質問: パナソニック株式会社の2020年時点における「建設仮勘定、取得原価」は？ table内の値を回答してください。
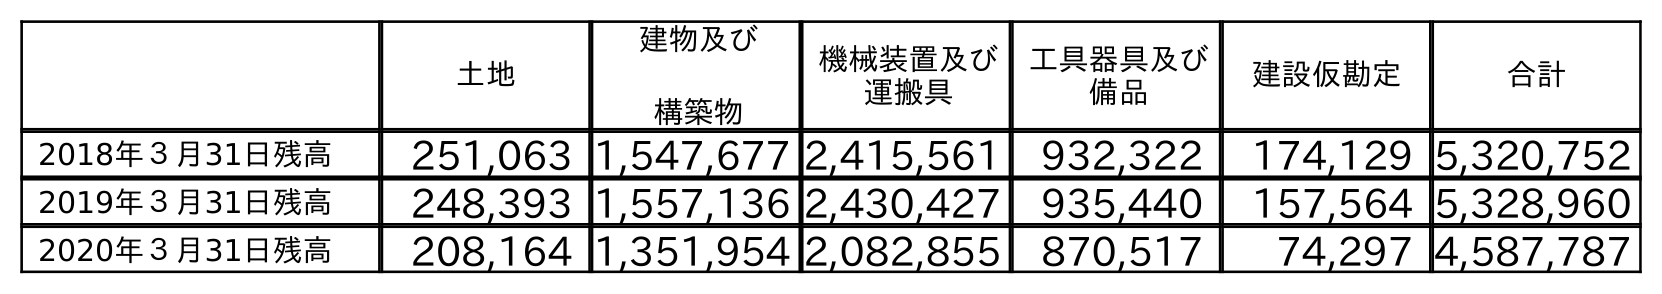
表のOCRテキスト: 土地 建物及び 構築物 機械装置及び 運搬具 工具器具及び 備品 建設仮勘定 合計 2018年３月31日残高 251,063 1,547,677 2,415,561 932,322 174,129 5,320,752 2019年３月31日残高 248,393 1,557,136 2,430,427 935,440 157,564 5,328,960 2020年３月31日残高 208,164 1,351,954 2,082,855 870,517 74,297 4,587,787
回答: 74,297